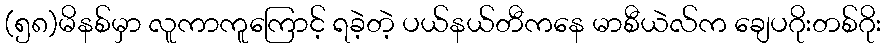
(၅၈)မိနစ်မှာ လူကာကူကြောင့် ရခဲ့တဲ့ ပယ်နယ်တီကနေ မာစီယဲလ်က ချေပဂိုးတစ်ဂိုး